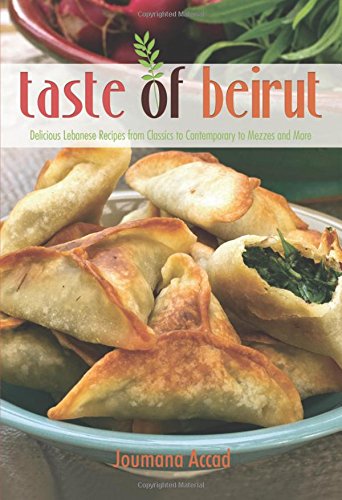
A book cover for Taste of Beirut: 175+ Delicious Lebanese Recipes from Classics to Contemporary to Mezzes and More; Joumana Accad; Cookbooks, Food & Wine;